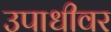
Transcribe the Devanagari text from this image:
उपाधीवर